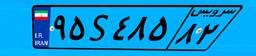
۹۵S۴۸۵۸۲